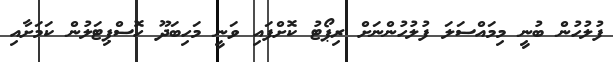
ފުލުހުން ބުނިީ މިމައްސަލަ ފުލުހުންނަށް ރިޕޯޓު ކޮށްފައި ވަނީ މަހިބަދޫ ހޮސްޕިޓަލުން ކަމަށާއި